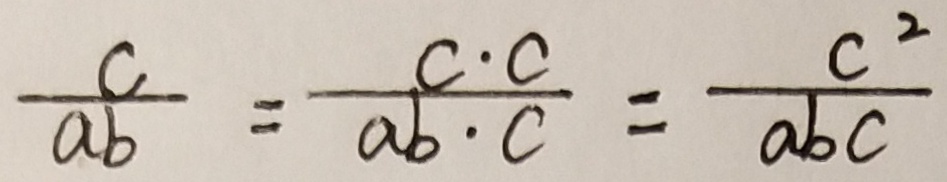
\frac { c } { a b } = \frac { c \cdot c } { a b \cdot c } = \frac { c ^ { 2 } } { a b c }